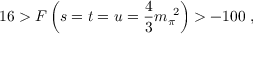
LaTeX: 1 6 > F \left( s = t = u = \frac { 4 } { 3 } m _ { \pi } ^ { \ 2 } \right) > - 1 0 0 \; ,